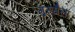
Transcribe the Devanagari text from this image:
गुस्सैला